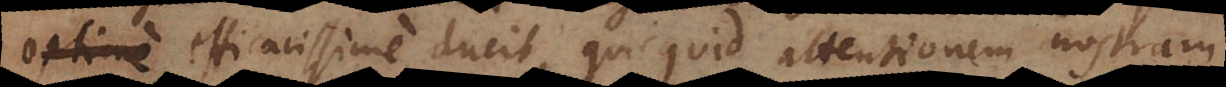
optime efficacissime ducit, quicquid attentionem nostram